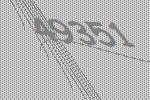
49351